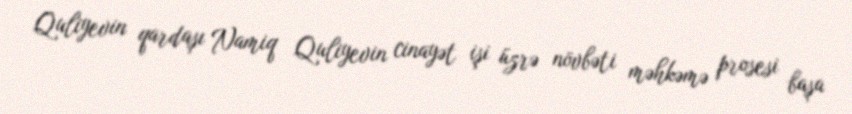
Quliyevin qardaşı Namiq Quliyevin cinayət işi üzrə növbəti məhkəmə prosesi başa